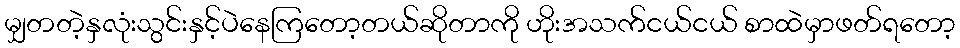
မျှတတဲ့နှလုံးသွင်းနှင့်ပဲနေကြတော့တယ်ဆိုတာကို ဟိုးအသက်ငယ်ငယ် စာထဲမှာဖတ်ရတော့